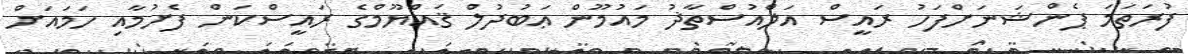
ފުރަތަމަ ޕެންޝަނަށްފަހު ރައީސް އަލްއުސްތާޛު މައުމޫން ޢަބުދުލް ޤައްޔޫމްގެ ރައީސްކަން ފެށުމާއި ހަމައަށް